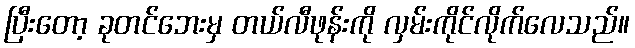
ပြီးတော့ ခုတင်ဘေးမှ တယ်လီဖုန်းကို လှမ်းကိုင်လိုက်လေသည်။